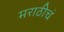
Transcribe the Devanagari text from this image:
मराठीचं